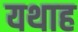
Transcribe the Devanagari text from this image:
यथाह